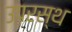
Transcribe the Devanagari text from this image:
उपरस्थ